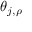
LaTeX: \theta _ { j , \rho }